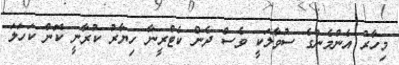
މިހާރު އެންމެންގެ ސުވާލަކީ ވެސް ދެން ކެޓްރީނާ ހިޔާރު ކުރާނީ ކޮން ކަހަލަ